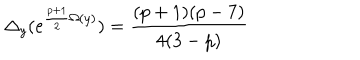
\Delta _ { y } ( e ^ { \frac { p + 1 } { 2 } \Omega ( y ) } ) = \frac { ( p + 1 ) ( p - 7 ) } { 4 ( 3 - p ) }